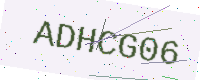
Text: ADHCG06